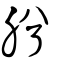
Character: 肹